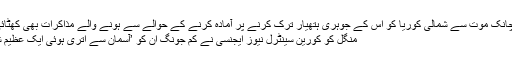
کم جونگ اِل کی اچانک موت سے شمالی کوریا کو اس کے جوہری ہتھیار ترک کرنے پر آمادہ کرنے کے حوالے سے ہونے والے مذاکرات بھی کھٹائی میں پڑ گئے ہیں
منگل کو کورین سینٹرل نیوز ایجنسی نے کِم جونگ اَن کو ’آسمان سے اتری ہوئی ایک عظیم شخصیت‘ قرار دیا۔